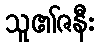
သူ၏ဇနီး